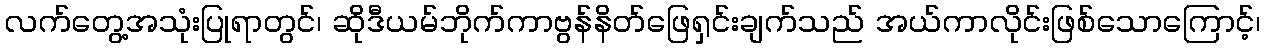
လက်တွေ့အသုံးပြုရာတွင်၊ ဆိုဒီယမ်ဘိုက်ကာဗွန်နိတ်ဖြေရှင်းချက်သည် အယ်ကာလိုင်းဖြစ်သောကြောင့်၊